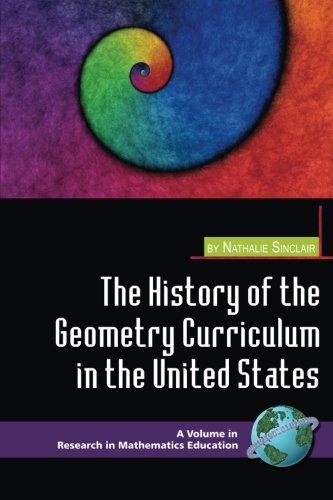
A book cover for The History of the Geometry Curriculum in the United States (Research in Mathematics Education); Nathalie Sinclair; Science & Math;